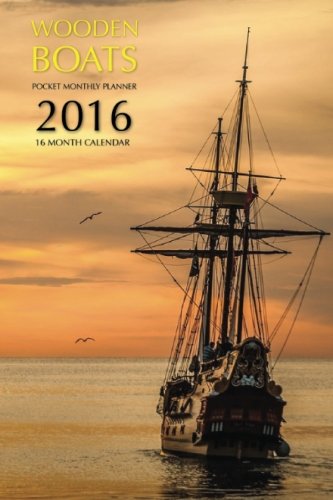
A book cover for Wooden Boats Pocket Monthly Planner 2016: 16 Month Calendar; Jack Smith; Calendars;